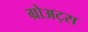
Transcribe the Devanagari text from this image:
ग्रोअट्स